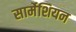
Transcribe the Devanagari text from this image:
सार्मेशियन